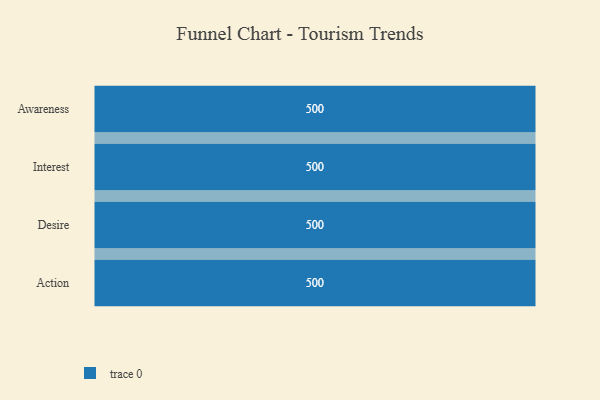
{"axis": {"x": "Stage", "y": "Value"}, "legend": [""], "data": [{"x": "Awareness", "y": 500, "type": ""}, {"x": "Interest", "y": 500, "type": ""}, {"x": "Desire", "y": 500, "type": ""}, {"x": "Action", "y": 500, "type": ""}]}